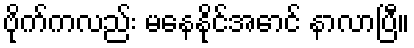
ဗိုက်ကလည်း မနေနိုင်အောင် နာလာပြီ။